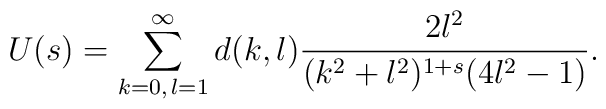
U(s) =   \sum^{\infty}_{k=0,\,l=1} d(k,l)   \frac{2 l^2}{(k^2+l^2)^{1+s} (4 l^2 - 1)}.